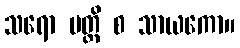
သရော ပတ္တိ စ သာယကော။